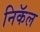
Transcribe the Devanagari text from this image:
निकॅल